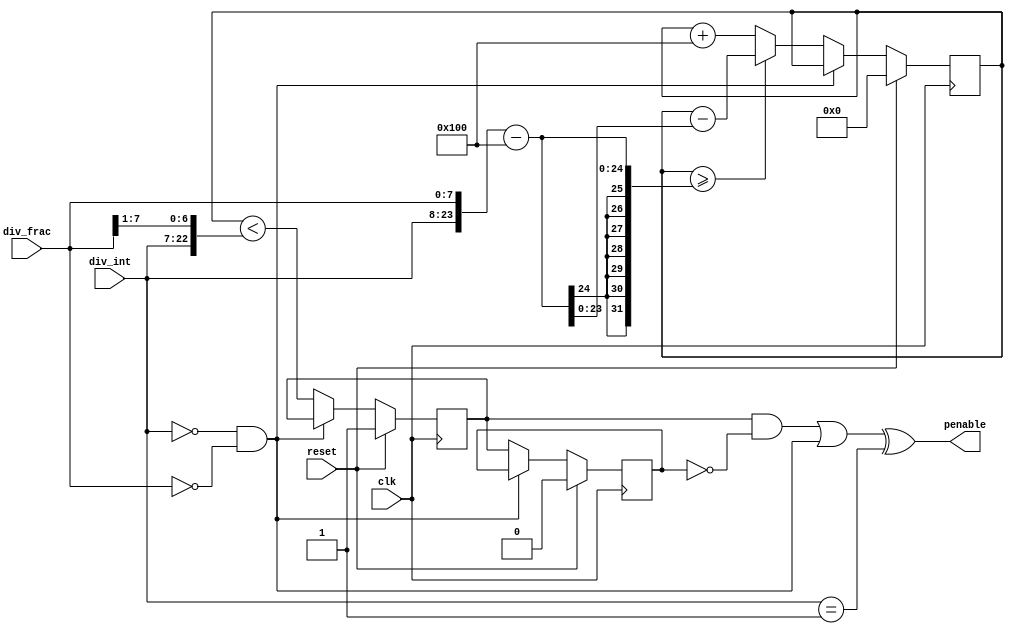
// SPDX-FileCopyrightText: 2022 Lawrie Griffiths
// SPDX-License-Identifier: BSD-2-Clause

// `default_nettype none
module pio_divider (
  input         clk,
  input         reset,
  input [15:0]  div_int,
  input [7:0]   div_frac,
  output        penable
);
  wire use_divider;
  wire divint_1;
  assign use_divider = !((div_int == 0) && (div_frac == 0));
  assign divint_1 = (div_int == 16'd1);

  wire [23:0] div;
  reg [23:0] div_counter;
  reg pen;
  reg old_pen;

  assign div = {div_int, div_frac};
  always @(posedge clk) begin
    if (reset) begin
      div_counter <= 0;
      pen <= 1;
      old_pen <= 0;
    end else begin
      if (use_divider) begin
        old_pen <= pen;
        div_counter <= div_counter + 256;
        if (div_counter >= div - 256)
          div_counter <= div_counter - (div - 256);
        pen <= div_counter < (div >> 1);
      end
    end
  end

  assign penable = ((pen & ~old_pen) || !use_divider) ^ divint_1;
endmodule